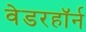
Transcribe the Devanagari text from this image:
वेडरहॉर्न